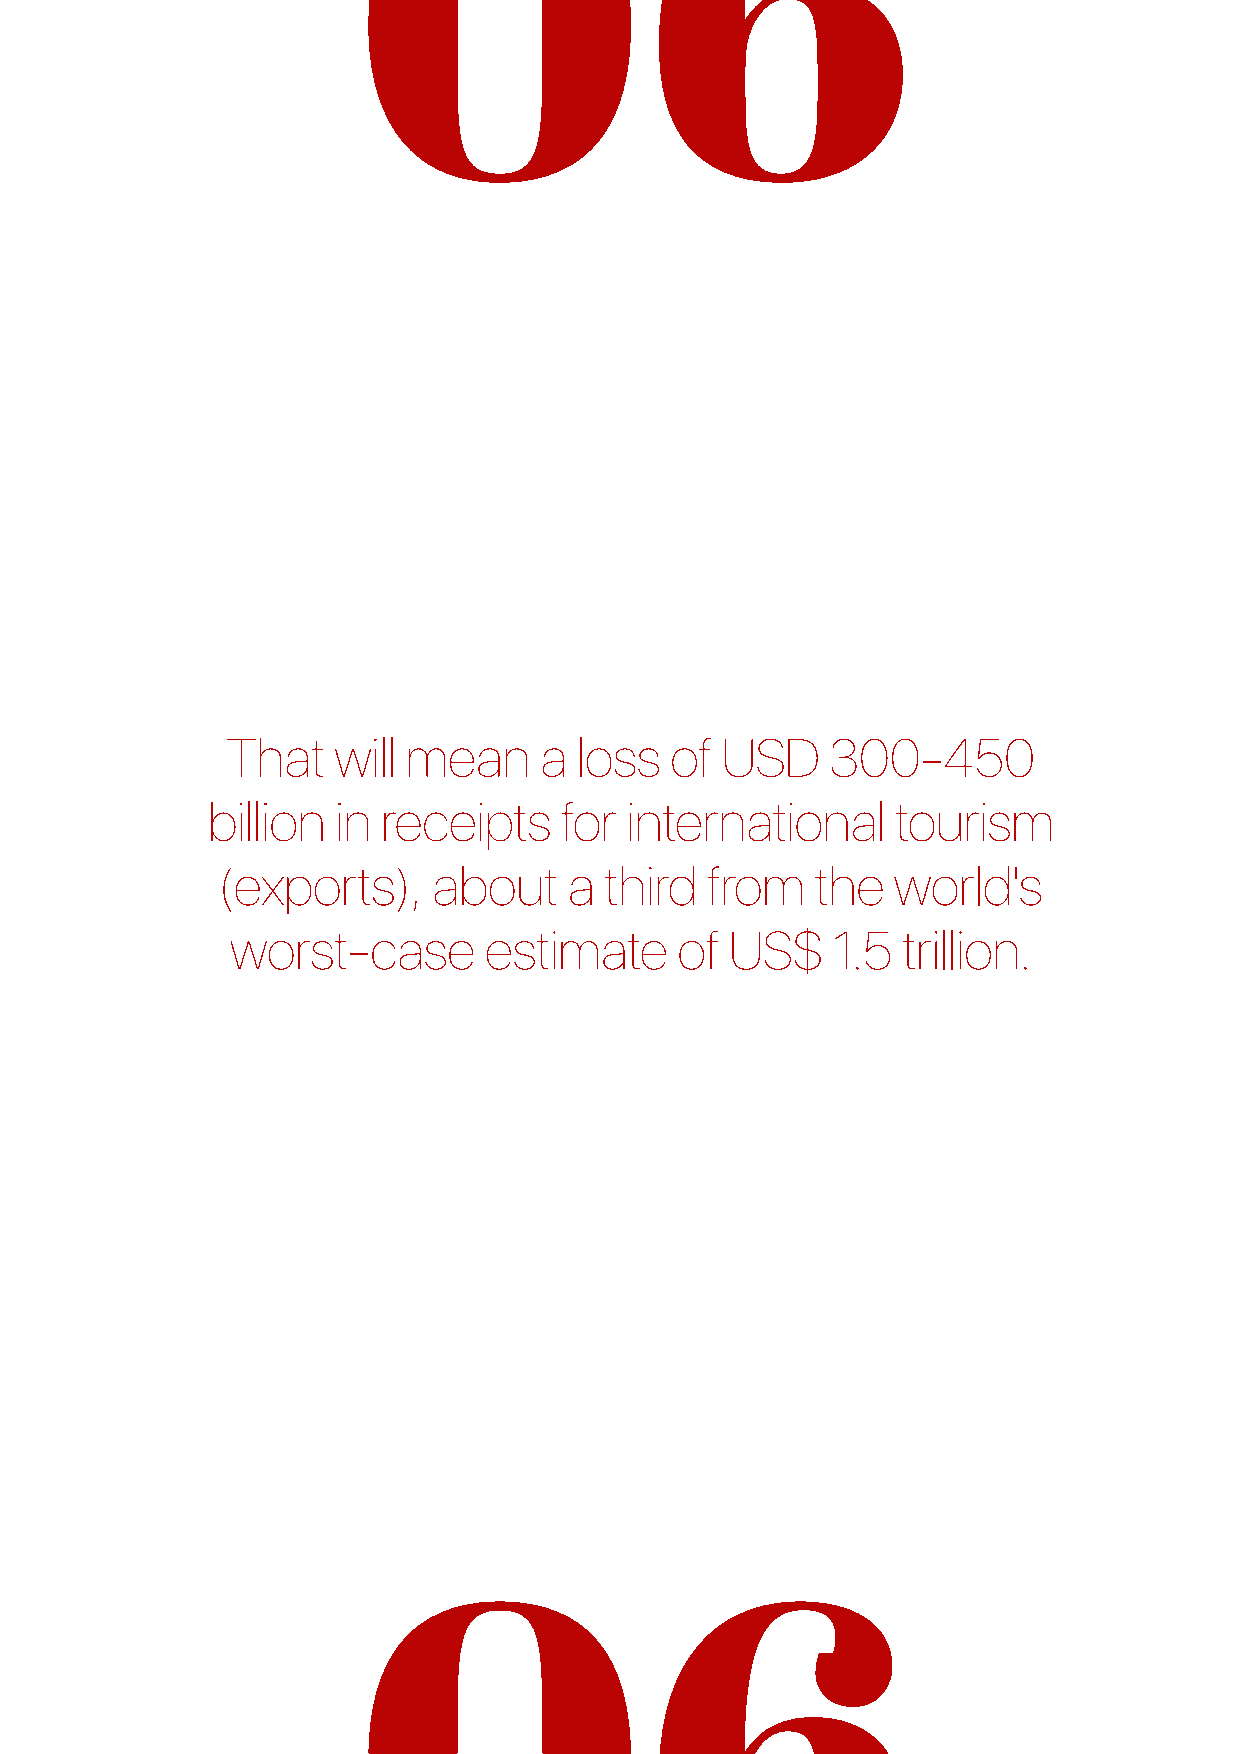
That   will mean     a loss  of  USD    300-450
 billion in receipts    for international     tourism
 (exports),    about    a third  from   the  world's
 worst-case       estimate     of US$    1.5  trillion.